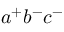
a ^ { + } b ^ { - } c ^ { - }